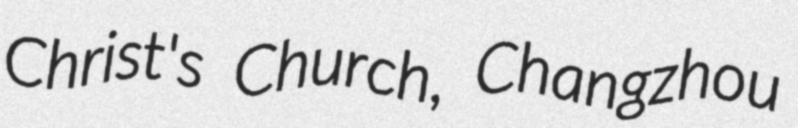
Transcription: Christ's Church, Changzhou